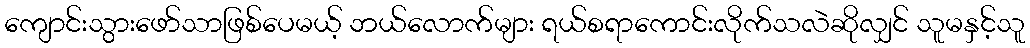
ကျောင်းသွားဖော်သာဖြစ်ပေမယ့် ဘယ်လောက်များ ရယ်စရာကောင်းလိုက်သလဲဆိုလျှင် သူမနှင့်သူ